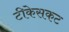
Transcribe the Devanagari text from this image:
टीकेसकट